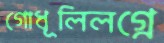
গোধূলিলগ্নে